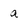
Character: a